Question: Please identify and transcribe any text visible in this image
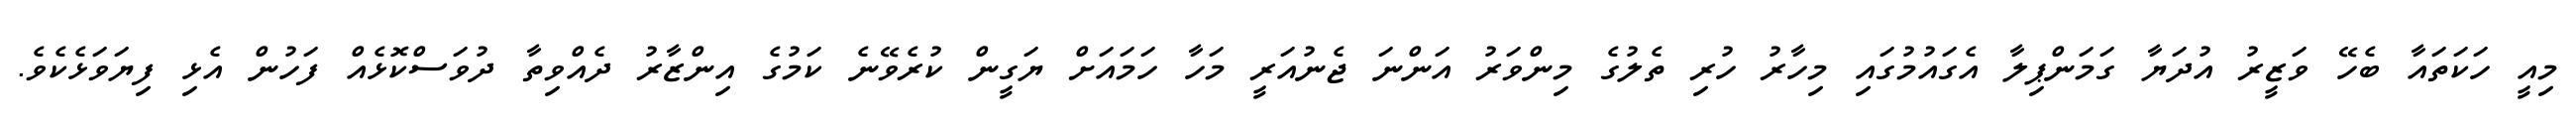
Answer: މިއީ ހަކަތައާ ބެހޭ ވަޒީރު އުދަޔާ ގަމަންޕިލާ އެގައުމުގައި މިހާރު ހުރި ތެލުގެ މިންވަރު އަންނަ ޖެނުއަރީ މަހާ ހަމައަށް ޔަގީން ކުރެވޭނެ ކަމުގެ އިންޒާރު ދެއްވިތާ ދުވަސްކޮޅެއް ފަހުން އެޅި ފިޔަވަޅެކެވެ.